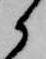
候